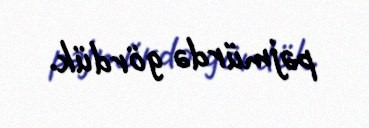
pəjmürdə gördük.